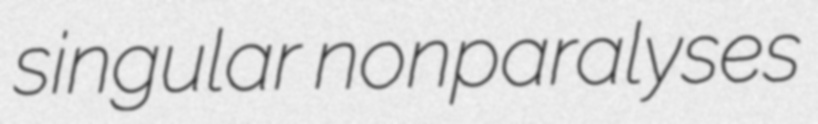
singular nonparalyses